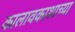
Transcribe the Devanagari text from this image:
कालावकाशाच्या